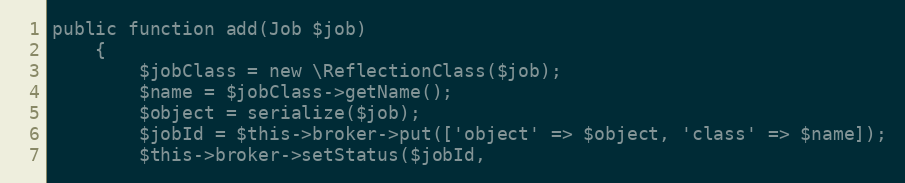
Language: PHP
public function add(Job $job)
    {
        $jobClass = new \ReflectionClass($job);
        $name = $jobClass->getName();
        $object = serialize($job);
        $jobId = $this->broker->put(['object' => $object, 'class' => $name]);
        $this->broker->setStatus($jobId,